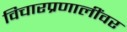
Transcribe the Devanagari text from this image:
विचारप्रणालींवर